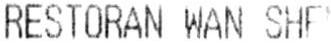
RESTORAN WAN SHE